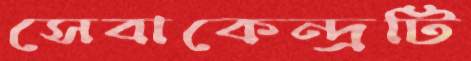
সেবাকেন্দ্রটি